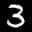
Label: 3